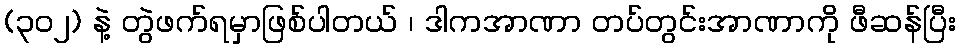
(၃၀၂) နဲ့ တွဲဖက်ရမှာဖြစ်ပါတယ် ၊ ဒါကအာဏာ တပ်တွင်းအာဏာကို ဖီဆန်ပြီး